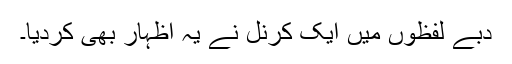
دبے لفظوں میں ایک کرنل نے یہ اظہار بھی کردیا۔